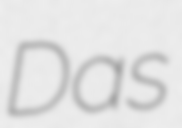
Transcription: Das